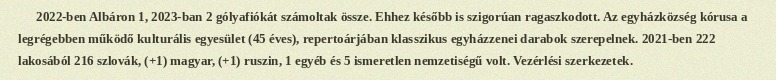
2022-ben Albáron 1, 2023-ban 2 gólyafiókát számoltak össze. Ehhez később is szigorúan ragaszkodott. Az egyházközség kórusa a legrégebben működő kulturális egyesület (45 éves), repertoárjában klasszikus egyházzenei darabok szerepelnek. 2021-ben 222 lakosából 216 szlovák, (+1) magyar, (+1) ruszin, 1 egyéb és 5 ismeretlen nemzetiségű volt. Vezérlési szerkezetek.